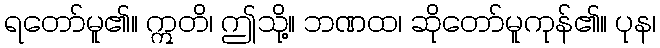
ရတော်မူ၏။ ဣတိ၊ ဤသို့။ ဘဏထ၊ ဆိုတော်မူကုန်၏။ ပုန၊